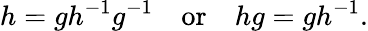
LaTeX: h=gh^{-1}g^{-1}\quad\mathrm{or}\quad hg=gh^{-1}.